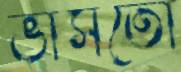
ভাসতো